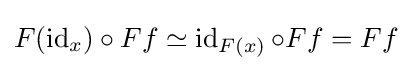
F(\operatorname {id} _{x})\circ Ff\simeq \operatorname {id} _{F(x)}\circ Ff=Ff